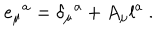
e _ { \mu } { } ^ { a } = \delta _ { \mu } { } ^ { a } + A _ { \mu } l ^ { a } \ .